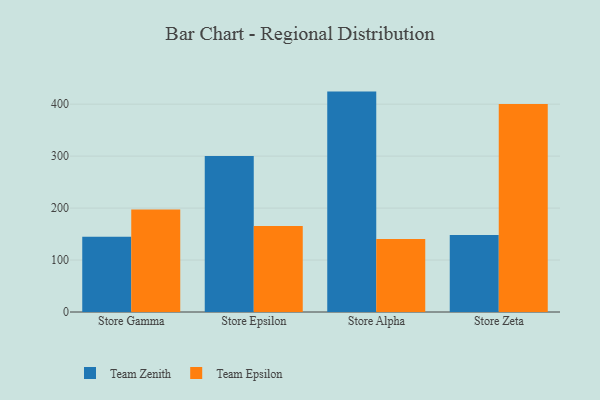
{"axis": {"x": "Store", "y": "Conversion Rate (%)"}, "legend": ["Team Epsilon", "Team Zenith"], "data": [{"x": "Store Gamma", "y": 144.8, "type": "Team Zenith"}, {"x": "Store Gamma", "y": 197.1, "type": "Team Epsilon"}, {"x": "Store Epsilon", "y": 300.4, "type": "Team Zenith"}, {"x": "Store Epsilon", "y": 165.7, "type": "Team Epsilon"}, {"x": "Store Alpha", "y": 424.2, "type": "Team Zenith"}, {"x": "Store Alpha", "y": 140.7, "type": "Team Epsilon"}, {"x": "Store Zeta", "y": 148.4, "type": "Team Zenith"}, {"x": "Store Zeta", "y": 400.1, "type": "Team Epsilon"}]}